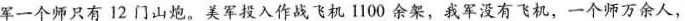
军一个师只有12门山炮。美军投入作战飞机1100余架，我军没有飞机，一个师万余人，